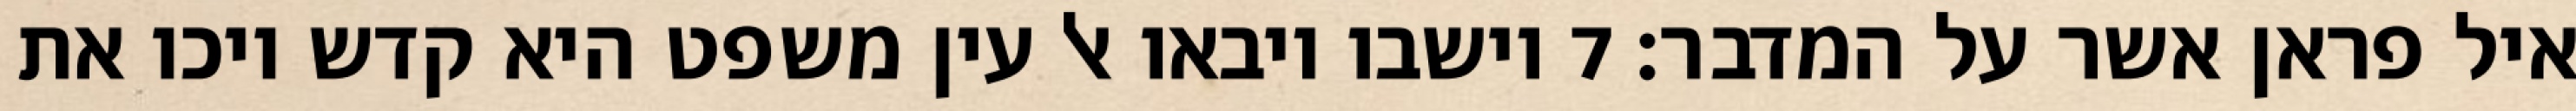
איל פראן אשר על המדבר׃ ‎7‏ וישבו ויבאו אל עין משפט היא קדש ויכו את